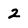
Character: 2